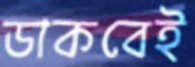
ডাকবেই